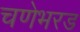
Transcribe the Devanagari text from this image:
चणेभरड